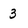
Character: 3